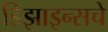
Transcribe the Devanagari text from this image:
डिझाइन्सचे